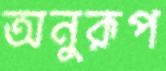
অনুরূপ